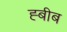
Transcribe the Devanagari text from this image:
ह्बीब